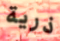
ذرية